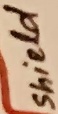
Text: shield